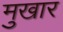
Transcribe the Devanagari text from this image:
मुखार